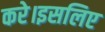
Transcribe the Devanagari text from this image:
करे।इसलिए